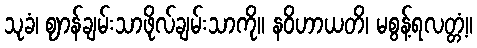
သုခံ၊ ဈာန်ချမ်းသာဖိုလ်ချမ်းသာကို။ နဝိဟာယတိ၊ မစွန့်ရလတ္တံ့။